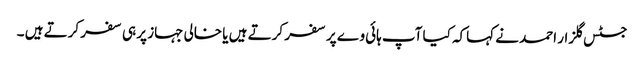
جسٹس گلزار احمد نے کہاکہ کیا آپ ہائی وے پر سفر کرتے ہیں یا خالی جہاز پر ہی سفر کرتے ہیں ۔